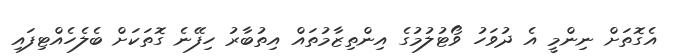
އެގޮތަށް ނިންމީ އެ ދުވަހު ވޯޓުލުމުގެ އިންތިޒާމުތައް އިތުބާރު ހިފޭނެ ގޮތަކަށް ބެލެހެއްޓިފައި